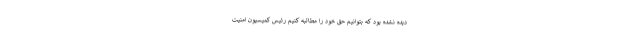
دیده نشده بود که بتوانیم حق خود را مطالبه کنیم رئیس کمیسیون امنیت